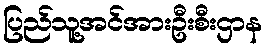
ပြည်သူ့အင်အားဦးစီးဌာန